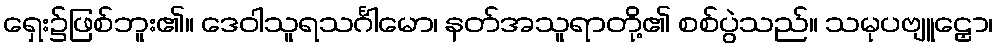
ရှေး၌ဖြစ်ဘူး၏။ ဒေဝါသူရသင်္ဂါမော၊ နတ်အသူရာတို့၏ စစ်ပွဲသည်။ သမုပဗျူဠှော၊